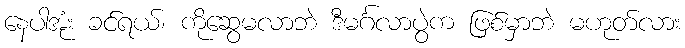
နေပါအုံး ခင်ရယ်၊ ကိုဆွေမလာဘဲ ဒီမင်္ဂလာပွဲက ဖြစ်မှာဘဲ မဟုတ်လား